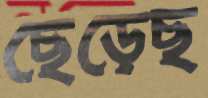
ছেড়েছ